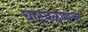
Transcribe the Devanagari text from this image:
घाटवळणाचा